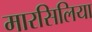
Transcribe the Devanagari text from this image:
मारसिलिया